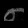
Digit: ၈